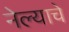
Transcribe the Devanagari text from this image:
नेल्याचे